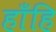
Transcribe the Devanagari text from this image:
हाँहि